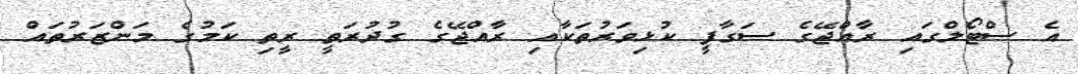
އެ ސްޓޯލްގައި ރާއްޖޭގެ ސަގާފީ ކުޅިވަރުތަކާއި ރާއްޖޭގެ ގުދުރަތީ ރީތި ކަމުގެ މަންޒަރުތައް